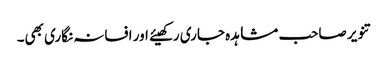
تنویر صاحب مشاہدہ جاری رکھیئے اور افسانہ نگاری بھی۔